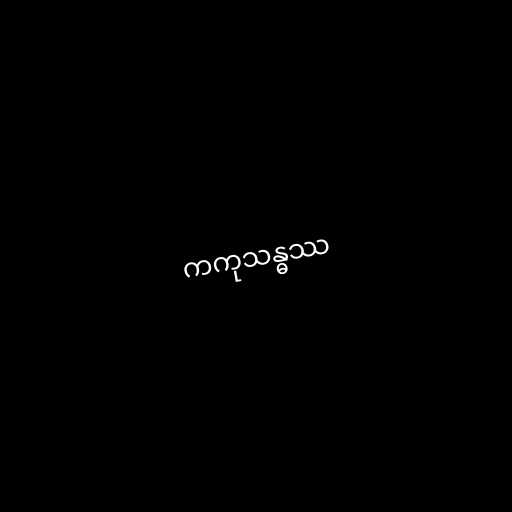
ကကုသန္ဓဿ